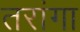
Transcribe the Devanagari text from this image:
तरांगा